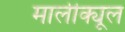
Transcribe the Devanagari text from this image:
मालीक्यूल